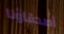
أصدقاؤنا